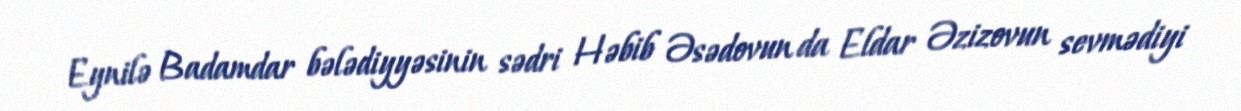
Eynilə Badamdar bələdiyyəsinin sədri Həbib Əsədovun da Eldar Əzizovun sevmədiyi